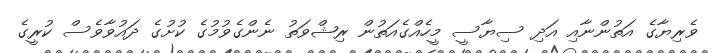
ވެރިޔާގެ އަތުންނާއި އަދި ސިޔާސީ މީހެއްގެއަތުން ރިޝްވަތު ނެންގެވުމުގެ ކުށުގެ ދައުވާވެސް ކުރީގެ